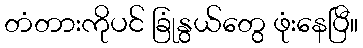
တံတားကိုပင် ခြုံနွယ်တွေ ဖုံးနေပြီ။